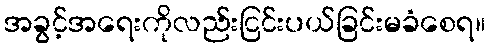
အခွင့်အရေးကိုလည်းငြင်းပယ်ခြင်းမခံစေရ။